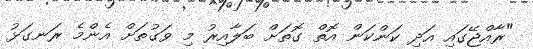
"ރާއްޖޭގައި އަދި ކަންކަން އޮތް ގޮތަށް ބަލާއިރު މި ވަގުތަށް އެންމެ ރަނގަޅު